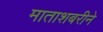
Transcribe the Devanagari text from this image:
माताशबरीने